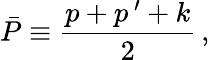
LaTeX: \bar{P}\equiv\frac{p+p^{\ \prime}+k}{2}\, ,